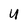
Character: 4